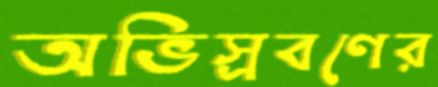
অভিস্রবণের